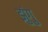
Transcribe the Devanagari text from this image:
झुंगु